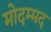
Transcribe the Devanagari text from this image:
मोदम्मद